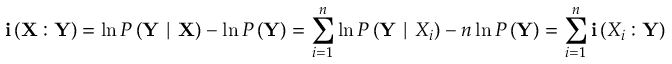
\mathbf { i } \left( \mathbf { X } : \mathbf { Y } \right) = \ln { P \left( \mathbf { Y } \mid \mathbf { X } \right) } - \ln { P \left( \mathbf { Y } \right) } = \sum _ { i = 1 } ^ { n } \ln { P \left( \mathbf { Y } \mid X _ { i } \right) } - n \ln { P \left( \mathbf { Y } \right) } = \sum _ { i = 1 } ^ { n } \mathbf { i } \left( X _ { i } : \mathbf { Y } \right)